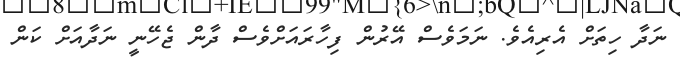
ނަދާ ހިތަށް އެރިއެވެ. ނަމަވެސް އޭރުން ފިހާރައަށްވެސް ދާން ޖެހޭނީ ނަދާއަށް ކަން